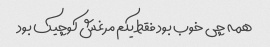
همه چی خوب بود فقط یکم مرغش کوچیک بود